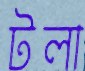
টলা